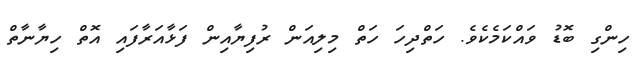
ހިންގި ބޮޑު ވައްކަމެކެވެ. ހަތްދިހަ ހަތް މިލިއަން ރުފިޔާއިން ފަޅާއަރާފައި އޮތް ހިޔާނާތް